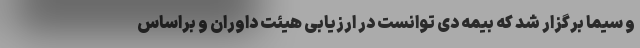
و سیما برگزار شد که بیمه دی توانست در ارزیابی هیئت داوران و براساس